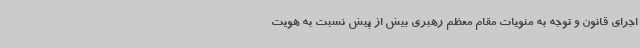
اجرای قانون و توجه به منویات مقام معظم رهبری بیش از پیش نسبت به هویت